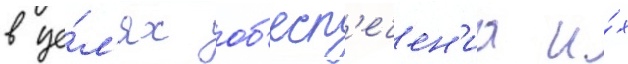
в це́л'ях об'есп'ечен'иа и́х